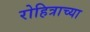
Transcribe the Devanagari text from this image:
रोहित्राच्या